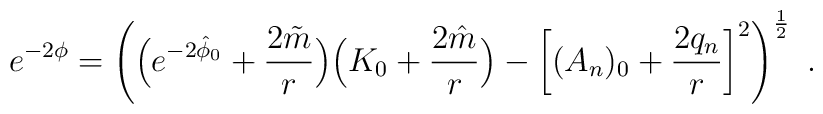
e^{-2\phi}= \left(\Bigl(e^{-2\hat \phi_0} +  {2\tilde m\over r}\Bigr)\Bigl(K_0+ {2\hat m \over r}\Bigr) -\left[(A_n)_0 + {2  q_n \over r}\right ]^2\right)^{1\over2} \ .